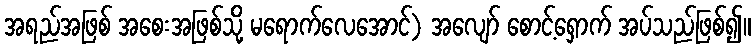
အရည်အဖြစ် အစေးအဖြစ်သို့ မရောက်လေအောင်) အလျော် စောင့်ရှောက် အပ်သည်ဖြစ်၍။